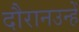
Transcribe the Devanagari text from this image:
दौरानउन्हें